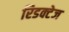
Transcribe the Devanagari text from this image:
रिडक्टेज